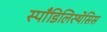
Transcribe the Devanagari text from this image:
स्पाँडिलिस्थेसिस